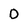
Character: D